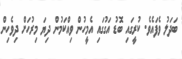
ބަދަލު ވެފައެވެ. ކުރީގައި ބޮޑު އަގުގައި އެމީހުން ވިއްކަމުން ދިޔަ މިރުހަށް ދިވެހިން